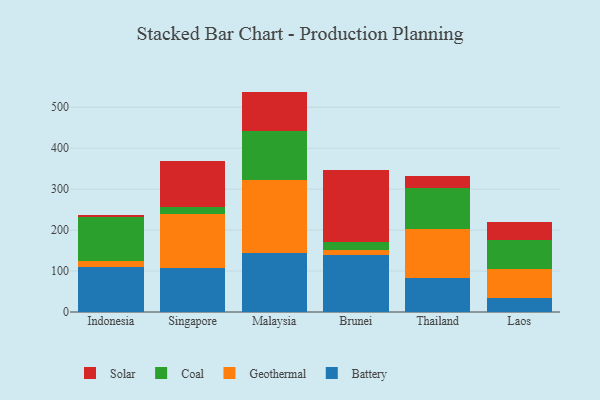
{"axis": {"x": "Country", "y": "Inventory Turnover"}, "legend": ["Battery", "Coal", "Geothermal", "Solar"], "data": [{"x": "Indonesia", "y": 110.1, "type": "Battery"}, {"x": "Indonesia", "y": 14.4, "type": "Geothermal"}, {"x": "Indonesia", "y": 106.3, "type": "Coal"}, {"x": "Indonesia", "y": 6.8, "type": "Solar"}, {"x": "Singapore", "y": 107.3, "type": "Battery"}, {"x": "Singapore", "y": 130.9, "type": "Geothermal"}, {"x": "Singapore", "y": 17.9, "type": "Coal"}, {"x": "Singapore", "y": 113.5, "type": "Solar"}, {"x": "Malaysia", "y": 145.3, "type": "Battery"}, {"x": "Malaysia", "y": 177.5, "type": "Geothermal"}, {"x": "Malaysia", "y": 119.9, "type": "Coal"}, {"x": "Malaysia", "y": 95.5, "type": "Solar"}, {"x": "Brunei", "y": 139.1, "type": "Battery"}, {"x": "Brunei", "y": 13.4, "type": "Geothermal"}, {"x": "Brunei", "y": 19.0, "type": "Coal"}, {"x": "Brunei", "y": 174.2, "type": "Solar"}, {"x": "Thailand", "y": 84.2, "type": "Battery"}, {"x": "Thailand", "y": 119.1, "type": "Geothermal"}, {"x": "Thailand", "y": 99.6, "type": "Coal"}, {"x": "Thailand", "y": 29.4, "type": "Solar"}, {"x": "Laos", "y": 33.7, "type": "Battery"}, {"x": "Laos", "y": 71.4, "type": "Geothermal"}, {"x": "Laos", "y": 69.9, "type": "Coal"}, {"x": "Laos", "y": 45.7, "type": "Solar"}]}